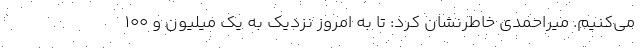
می‌کنیم. میراحمدی خاطرنشان کرد: تا به امروز نزدیک به یک میلیون و ۱۰۰